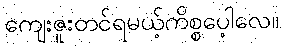
ကျေးဇူးတင်ရမယ့်ကိစ္စပေ့ါလေ။